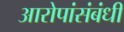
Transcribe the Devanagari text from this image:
आरोपांसंबंधी